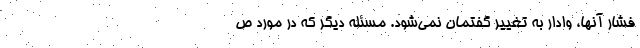
فشار آنها، وادار به تغییر گفتمان نمی‌شود. مسئله دیگر که در مورد ص